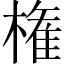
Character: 権